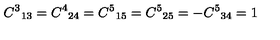
{ C ^ { 3 } } _ { 1 3 } = { C ^ { 4 } } _ { 2 4 } = { C ^ { 5 } } _ { 1 5 } = { C ^ { 5 } } _ { 2 5 } = - { C ^ { 5 } } _ { 3 4 } = 1